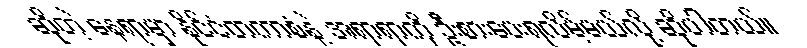
ဆိုတဲ့ နေရာမှာ နိုင်ငံတကာစံနဲ့ အရာရာကို ဦးစားပေးရလိမ့်မယ်လို့ ဆိုပါတယ်။